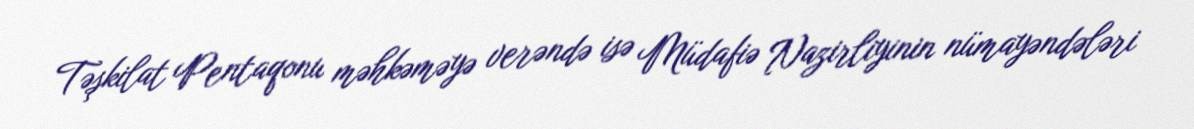
Təşkilat Pentaqonu məhkəməyə verəndə isə Müdafiə Nazirliyinin nümayəndələri